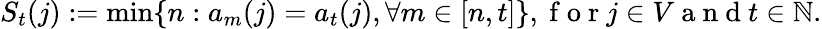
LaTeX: S_{t}(j):=\operatorname*{min}\{ n:a_{m}(j)=a_{t}(j),\forall m\in[n,t]\} ,\mathrm{~f~o~r~}j\in V\mathrm{~a~n~d~}t\in\mathbb{N}.